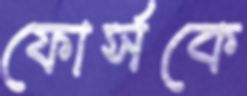
ফোর্সকে